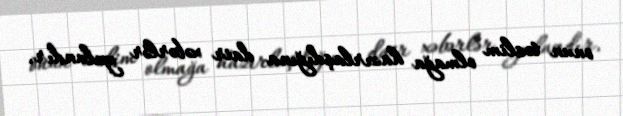
onun təslim olmağa hazırlaşdığına dair xəbərlər yalandır.